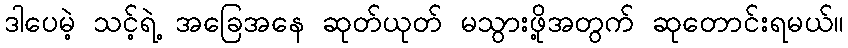
ဒါပေမဲ့ သင့်ရဲ့ အခြေအနေ ဆုတ်ယုတ် မသွားဖို့အတွက် ဆုတောင်းရမယ်။